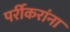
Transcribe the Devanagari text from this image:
पर्रीकरांना